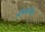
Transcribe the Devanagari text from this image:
औषधकोश।